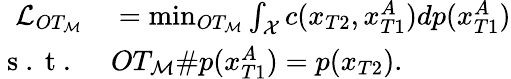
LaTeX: \begin{array}{rl}{\mathcal{L}_{OT_{\mathcal{M}}}}&{{}=\operatorname*{min}_{OT_{\mathcal{M}}}\int_{\mathcal{X}}c(x_{T2},x_{T1}^{A})dp(x_{T1}^{A})}\\ {\mathrm{~s~.~t~.~}}&{{}OT_{\mathcal{M}}\# p(x_{T1}^{A})=p(x_{T2}).}\end{array}